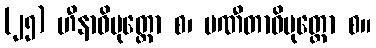
(၂၅) ဟီနာဓိမုတ္တော စ၊ ပဏီတာဓိမုတ္တော စ။